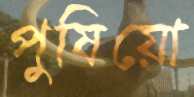
পুষিয়ো